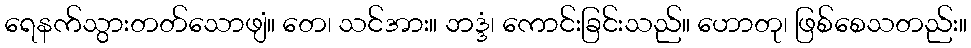
ရေနက်သွားတတ်သောဖျံ။ တေ၊ သင်အား။ ဘဒ္ဒံ၊ ကောင်းခြင်းသည်။ ဟောတု၊ ဖြစ်စေသတည်း။